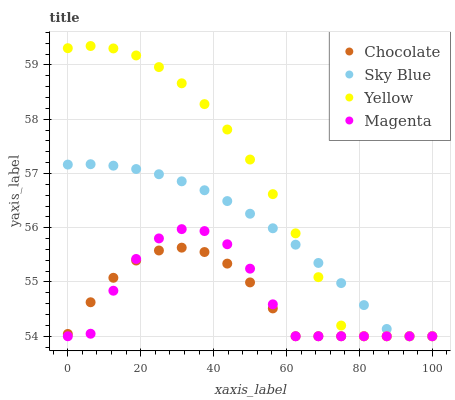
| xaxis_label | Chocolate | Sky Blue | Yellow | Magenta |
 | --- | --- | --- | --- | --- |
 | 0 | 54 | 57.2 | 59.3 | 54 |
 | 6.25 | 54.6 | 57.2 | 59.3 | 54 |
 | 12.5 | 55.1 | 57.1 | 59.3 | 54.8 |
 | 18.8 | 55.4 | 57.1 | 59.2 | 55.4 |
 | 25 | 55.6 | 57 | 59 | 55.8 |
 | 31.2 | 55.6 | 56.9 | 58.7 | 56 |
 | 37.5 | 55.6 | 56.7 | 58.3 | 55.9 |
 | 43.8 | 55.3 | 56.5 | 57.8 | 55.7 |
 | 50 | 55 | 56.3 | 57.3 | 55.2 |
 | 56.2 | 54.5 | 56 | 56.6 | 54.6 |
 | 62.5 | 54 | 55.7 | 55.9 | 54 |
 | 68.8 | 54 | 55.4 | 55.1 | 54 |
 | 75 | 54 | 55 | 54.2 | 54 |
 | 81.2 | 54 | 54.6 | 54 | 54 |
 | 87.5 | 54 | 54.1 | 54 | 54 |
 | 93.8 | 54 | 54 | 54 | 54 |
 | 100 | 54 | 54 | 54 | 54 |